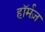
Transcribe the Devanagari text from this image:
हॉर्मज़